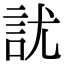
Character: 訧